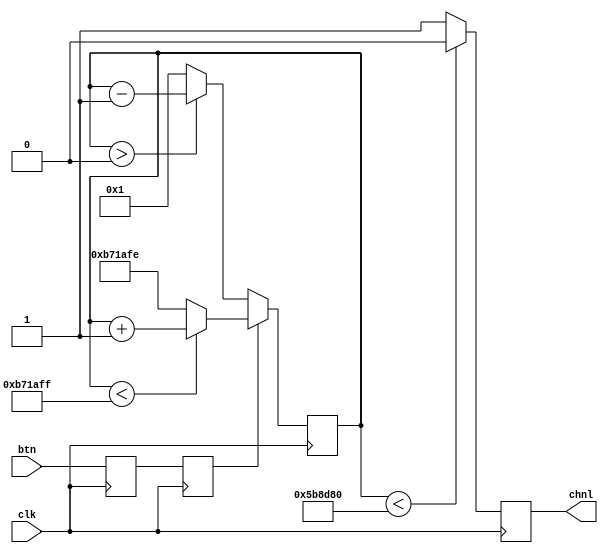
`timescale 1ns / 1ps
//////////////////////////////////////////////////////////////////////////////////
// Company: 
// Engineer: 
// 
// Design Name: 
// Module Name: debouncer
// Project Name: 
// Target Devices: 
// Tool Versions: 
// Description: 
// 
// Dependencies: 
// 
// Revision:
// Revision 0.01 - File Created
// Additional Comments:
// 
//////////////////////////////////////////////////////////////////////////////////


module debouncer(
    input btn,
    input clk,
    output chnl
    );
    
    reg button_ff1 = 0; //button flip-flop for synchronization. Initialize it to 0
    reg button_ff2 = 0; //button flip-flop for synchronization. Initialize it to 0; //20 bits count for increment & decrement when button is pressed or released. Initialize it to 0
    
    parameter M = 12_000_000;
    parameter tsh = 6_000_000;  // Threshold del debouncer.
           
    //-- Numero de bits para almacenar el divisor
    //-- Se calculan con la funcion de verilog $clog2, que nos devuelve el 
    //-- numero de bits necesarios para representar el numero M
    //-- Es un parametro local, que no se puede modificar al instanciar
    localparam N = $clog2(M);
           
    //-- Registro para implementar el contador modulo M
    reg [N-1:0] divcounter = 0;
    reg dbsign = 0;

    always @(posedge clk)
      begin
      button_ff1 <= btn;
      button_ff2 <= button_ff1;
      end
    
    //-- Contador mdulo M
    always @(posedge clk)
      begin
      divcounter <= (button_ff2)? (divcounter < M - 1)? divcounter + 1: M - 2: (divcounter > 0)? divcounter - 1: 1;  // Si se presiona el boton y mientras el contador pueda crecer la cuenta crece. Si no mientras el contador pueda decrecer decrece.
      dbsign <= (divcounter < tsh)? 0: 1;  // Si el contador pasa el threshold emite un 1, sino un 0
      end
    
    assign chnl = dbsign;  // Se asinga el valor esperado.
endmodule